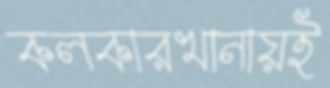
কলকারখানায়ই